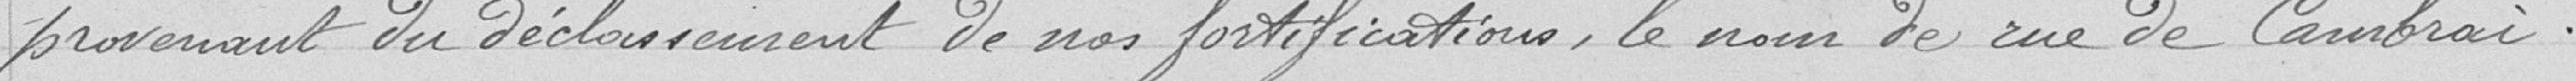
provenant du déclassement de nos fortifications, le nom de rue de Cambrai.